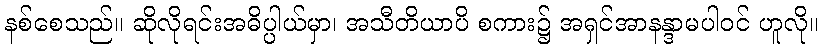
နစ်စေသည်။ ဆိုလိုရင်းအဓိပ္ပါယ်မှာ၊ အသီတိယာပိ စကား၌ အရှင်အာနန္ဒာမပါဝင် ဟူလို။